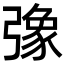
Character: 𢐣